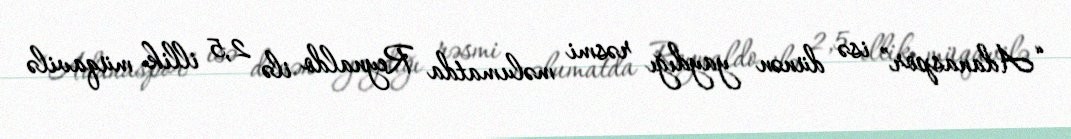
“Adanaspor” isə dünən yaydığı rəsmi məlumatda Reynaldo ilə 2,5 illik müqavilə